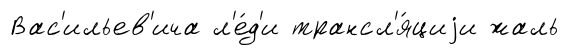
Вас'ильев'ича л'е́д'и трансл'я́циjи жаль